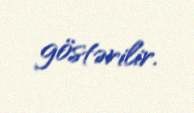
göstərilir.